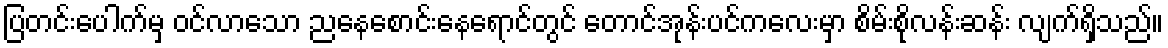
ပြတင်းပေါက်မှ ဝင်လာသော ညနေစောင်းနေရောင်တွင် တောင်အုန်းပင်ကလေးမှာ စိမ်းစိုလန်းဆန်း လျက်ရှိသည်။